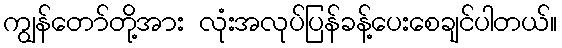
ကျွန်တော်တို့အား လုံးအလုပ်ပြန်ခန့်ပေးစေချင်ပါတယ်။